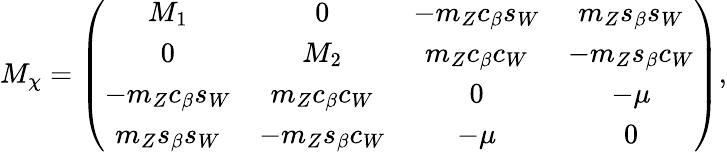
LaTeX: M_{\chi}=\left(\begin{array}{cccc}{{M_{1}}}&{{0}}&{{-m_{Z}c_{\beta}s_{W}}}&{{m_{Z}s_{\beta}s_{W}}}\\ {{0}}&{{M_{2}}}&{{m_{Z}c_{\beta}c_{W}}}&{{-m_{Z}s_{\beta}c_{W}}}\\ {{-m_{Z}c_{\beta}s_{W}}}&{{m_{Z}c_{\beta}c_{W}}}&{{0}}&{{-\mu}}\\ {{m_{Z}s_{\beta}s_{W}}}&{{-m_{Z}s_{\beta}c_{W}}}&{{-\mu}}&{{0}}\end{array}\right),